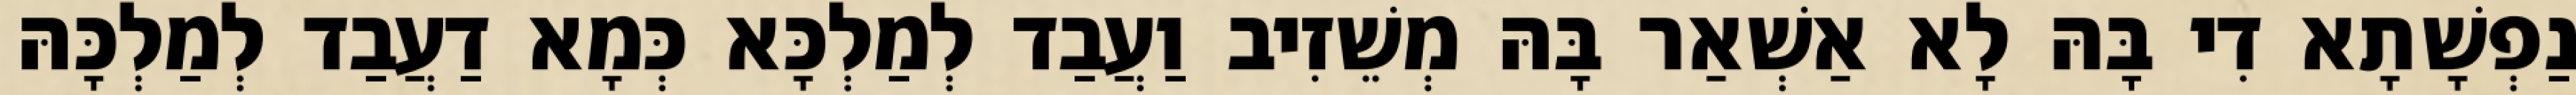
נַפְשָׁתָא דִי בָּהּ לָא אַשְׁאַר בָּהּ מְשֵׁזִיב וַעֲבַד לְמַלְכָּא כְּמָא דַעֲבַד לְמַלְכָּהּ